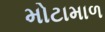
મોટામાળ